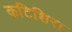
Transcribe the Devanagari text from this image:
कटिशिरा